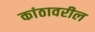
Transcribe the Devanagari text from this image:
कांठावरील